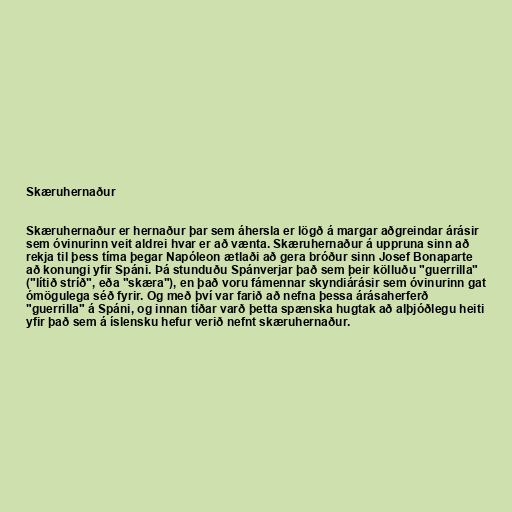
Skæruhernaður

Skæruhernaður er hernaður þar sem áhersla er lögð á margar aðgreindar árásir
sem óvinurinn veit aldrei hvar er að vænta. Skæruhernaður á uppruna sinn að
rekja til þess tíma þegar Napóleon ætlaði að gera bróður sinn Josef Bonaparte
að konungi yfir Spáni. Þá stunduðu Spánverjar það sem þeir kölluðu "guerrilla"
("lítið stríð", eða "skæra"), en það voru fámennar skyndiárásir sem óvinurinn gat
ómögulega séð fyrir. Og með því var farið að nefna þessa árásaherferð
"guerrilla" á Spáni, og innan tíðar varð þetta spænska hugtak að alþjóðlegu heiti
yfir það sem á íslensku hefur verið nefnt skæruhernaður.